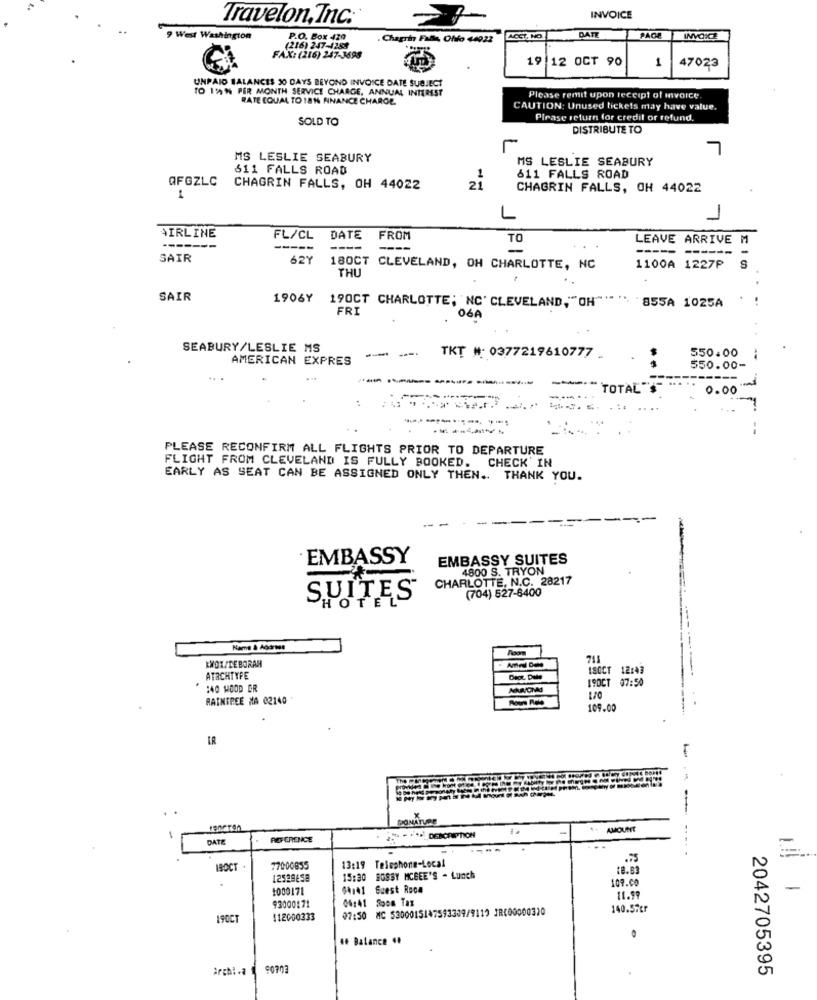
Travelon, Inc.
INVOICE
DATE
9 West Washington
P.O. Box 429
Chagrin Falle, Ofifo 44922
PAGE
(216) 247-4284
FAX: (216) 247-3698
19
12 OCT 90
1
47023
UNPAID BALANCES 30 DAYS BEYOND INVOICE DATE SUBJECT
TO 1%% PER MONTH SERVICE CHARGE, ANNUAL INTEREST
RATE EQUAL TO 1814 FINANCE CHARGE.
Please remit upon receipt of invoice.
CAUTION: Unused tickets may have value.
SOLD TO
Please return for credit or refund.
DISTRIBUTE TO
7
MS LESLIE SEABURY
MS LESLIE SEABURY
611 FALLS ROAD
AFGZLC
611 FALLS ROAD
CHAGRIN FALLS, OH 44022
21
CHAGRIN FALLS, OH 44022
1
AIRLINE
FL/CL
DATE
FROM
TO
LEAVE ARRIVE M
---
-----
----
----
-
------
SAIR
62Y
180CT CLEVELAND, OH CHARLOTTE, NC
THL
1100A 1227P
S
SAIR
1906Y
`855A 1025A
190CT CHARLOTTE; NC' CLEVELAND,""OH""""
FRI
06A
SEABURY/LESLIE MS
--
---
AMERICAN EXPRES
TKT #: 0377219610777 .
550.00
550.00-
-
TOTAL'S
0.00
PLEASE RECONFIRM ALL FLIGHTS PRIOR TO DEPARTURE
FLIGHT FROM CLEVELAND IS FULLY BOOKED. CHECK IN
EARLY AS SEAT CAN BE ASSIGNED ONLY THEN .. THANK YOU.
EMBASSY
EMBASSY SUITES
4800 S. TRYON
CHARLOTTE, N.C. 28217
(704) 527-8400
SUITES
HOTE
Name & Address
KWOTADEBORAH
711
12:43
---------
ATACHTYPE
19OCT 07:50
140 HOOD ER
RAINTREE MA 02140
109.00
IR
PONATURE
-
AMOUNT
DATE
RO CRENCE
DENCENTTICH
-
-- ---..
13:19 Telephone-Local
IBOCT
17000855
18.83
12529658
15:30 BOBBY MCBEE'S - Lunch
107.00
1000171
04141 Guest Room
-
04141 Room Tax
11.99
93000171
07:50 MC 5300015147593309/9119 JR000000320
140.57er
19OCT
112000333
46 Balance 44
2042705395